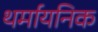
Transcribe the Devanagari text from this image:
थर्मायनिक